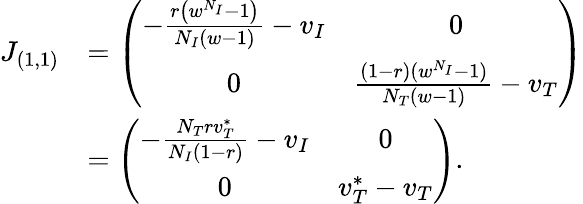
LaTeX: \begin{array}{rl}{J_{(1,1)}}&{=\left(\begin{array}{cc}{-\frac{r\left(w^{N_{I}}-1\right)}{N_{I}(w-1)}-v_{I}}&{0}\\ {0}&{\frac{(1-r)(w^{N_{I}}-1)}{N_{T}(w-1)}-v_{T}}\end{array}\right)}\\ &{=\left(\begin{array}{cc}{-\frac{N_{T}rv_{T}^{*}}{N_{I}(1-r)}-v_{I}}&{0}\\ {0}&{v_{T}^{*}-v_{T}}\end{array}\right).}\end{array}